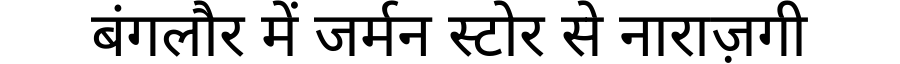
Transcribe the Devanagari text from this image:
बंगलौर में जर्मन स्टोर से नाराज़गी